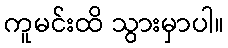
ကူမင်းထိ သွားမှာပါ။